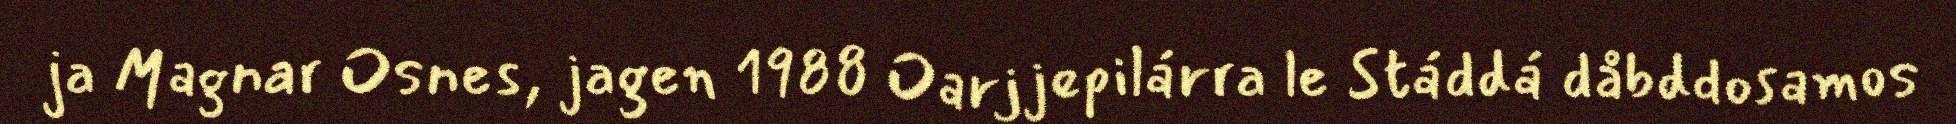
ja Magnar Osnes, jagen 1988 Oarjjepilárra le Stáddá dåbddosamos